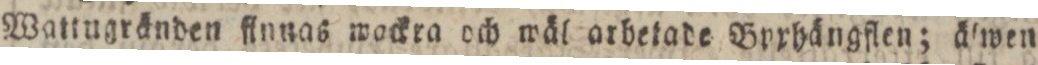
Wattugränden flnnas wackra och wäl arbetade Bpphängflen; älwen